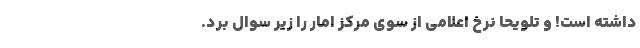
داشته است! و تلویحاً نرخ اعلامی از سوی مرکز امار را زیر سوال برد.